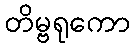
တိမ္ဗရုကော